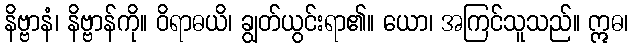
နိဗ္ဗာနံ၊ နိဗ္ဗာန်ကို။ ဝိရာဓယိ၊ ချွတ်ယွင်းရာ၏။ ယော၊ အကြင်သူသည်။ ဣဓ၊